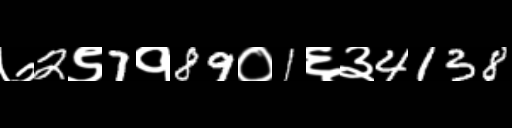
Text: ७2९7१89०1६३4138